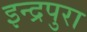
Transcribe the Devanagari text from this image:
इन्द्रपुरा